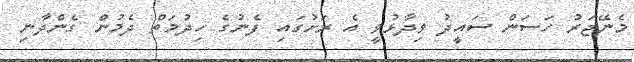
މެނޭޖަރު ހަސަން ސައީދު ވިދާޅުވީ އެ ރަށުގައި ފެނުގެ ހިދުމަތް ދެމުން ގެންދާނި